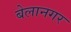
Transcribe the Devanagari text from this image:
बेलानगर